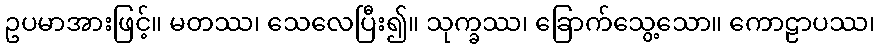
ဥပမာအားဖြင့်။ မတဿ၊ သေလေပြီး၍။ သုက္ခဿ၊ ခြောက်သွေ့သော။ ကောဠာပဿ၊